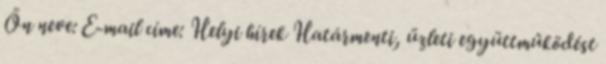
Ön neve: E-mail címe: Helyi hírek Határmenti, üzleti együttműködést